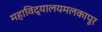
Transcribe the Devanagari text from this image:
महाविद्यालयमलकापूर